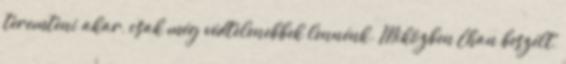
teremteni akar, csak még védtelenebbek lennénk. Miközben Chan beszélt,